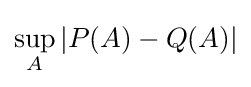
\sup _{A}|P(A)-Q(A)|